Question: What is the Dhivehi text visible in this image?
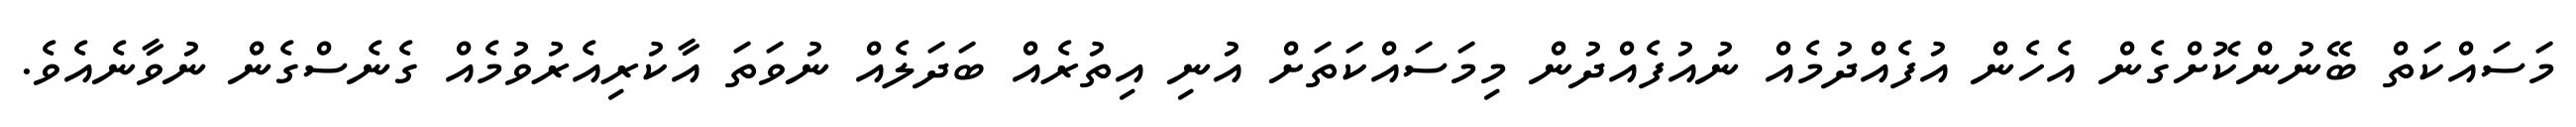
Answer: މަސައްކަތް ބޭނުންކޮށްގެން އެހެން އުފެއްދުމެއް ނުއުފެއްދުން މިމަސައްކަތަށް އުނި އިތުރެއް ބަދަލެއް ނުވަތަ އާކުރިއެރުވުމެއް ގެނެސްގެން ނުވާނެއެވެ.